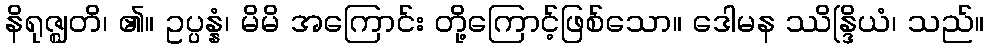
နိရုဇ္ဈတိ၊ ၏။ ဥပ္ပန္နံ၊ မိမိ အကြောင်း တို့ကြောင့်ဖြစ်သော။ ဒေါမန ဿိန္ဒြိယံ၊ သည်။